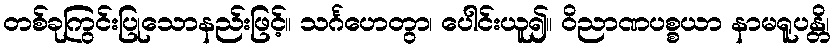
တစ်ခုကြွင်းပြုသောနည်းဖြင့်။ သင်္ဂဟေတွာ၊ ပေါင်းယူ၍။ ဝိညာဏပစ္စယာ နာမရူပန္တိ၊